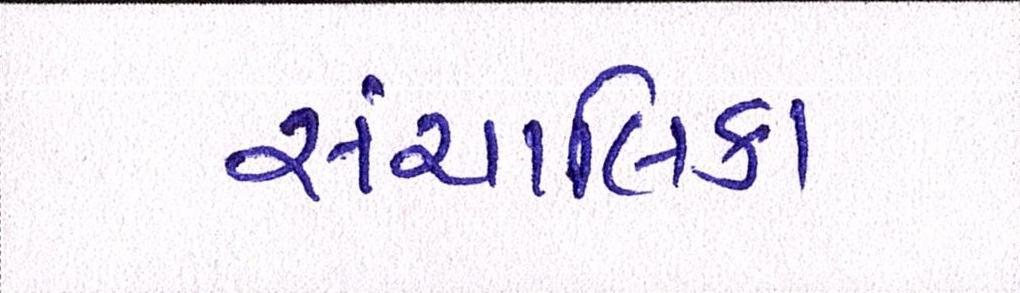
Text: સંચાલિકા